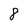
Character: 8